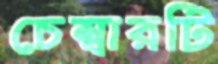
চেম্বারটি